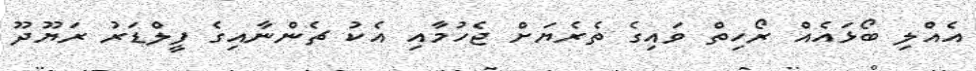
އެއްލި ބޯޅައެއް ރޯހިތް ވައިގެ ތެރެޔަށް ޖެހުމާއި އެކު ޗެންނާއިގެ ފީލްޑަރު ރަޔޫދޫ